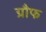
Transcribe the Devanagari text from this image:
ग्रौफ